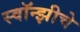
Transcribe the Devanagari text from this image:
स्वॉन्झीचे